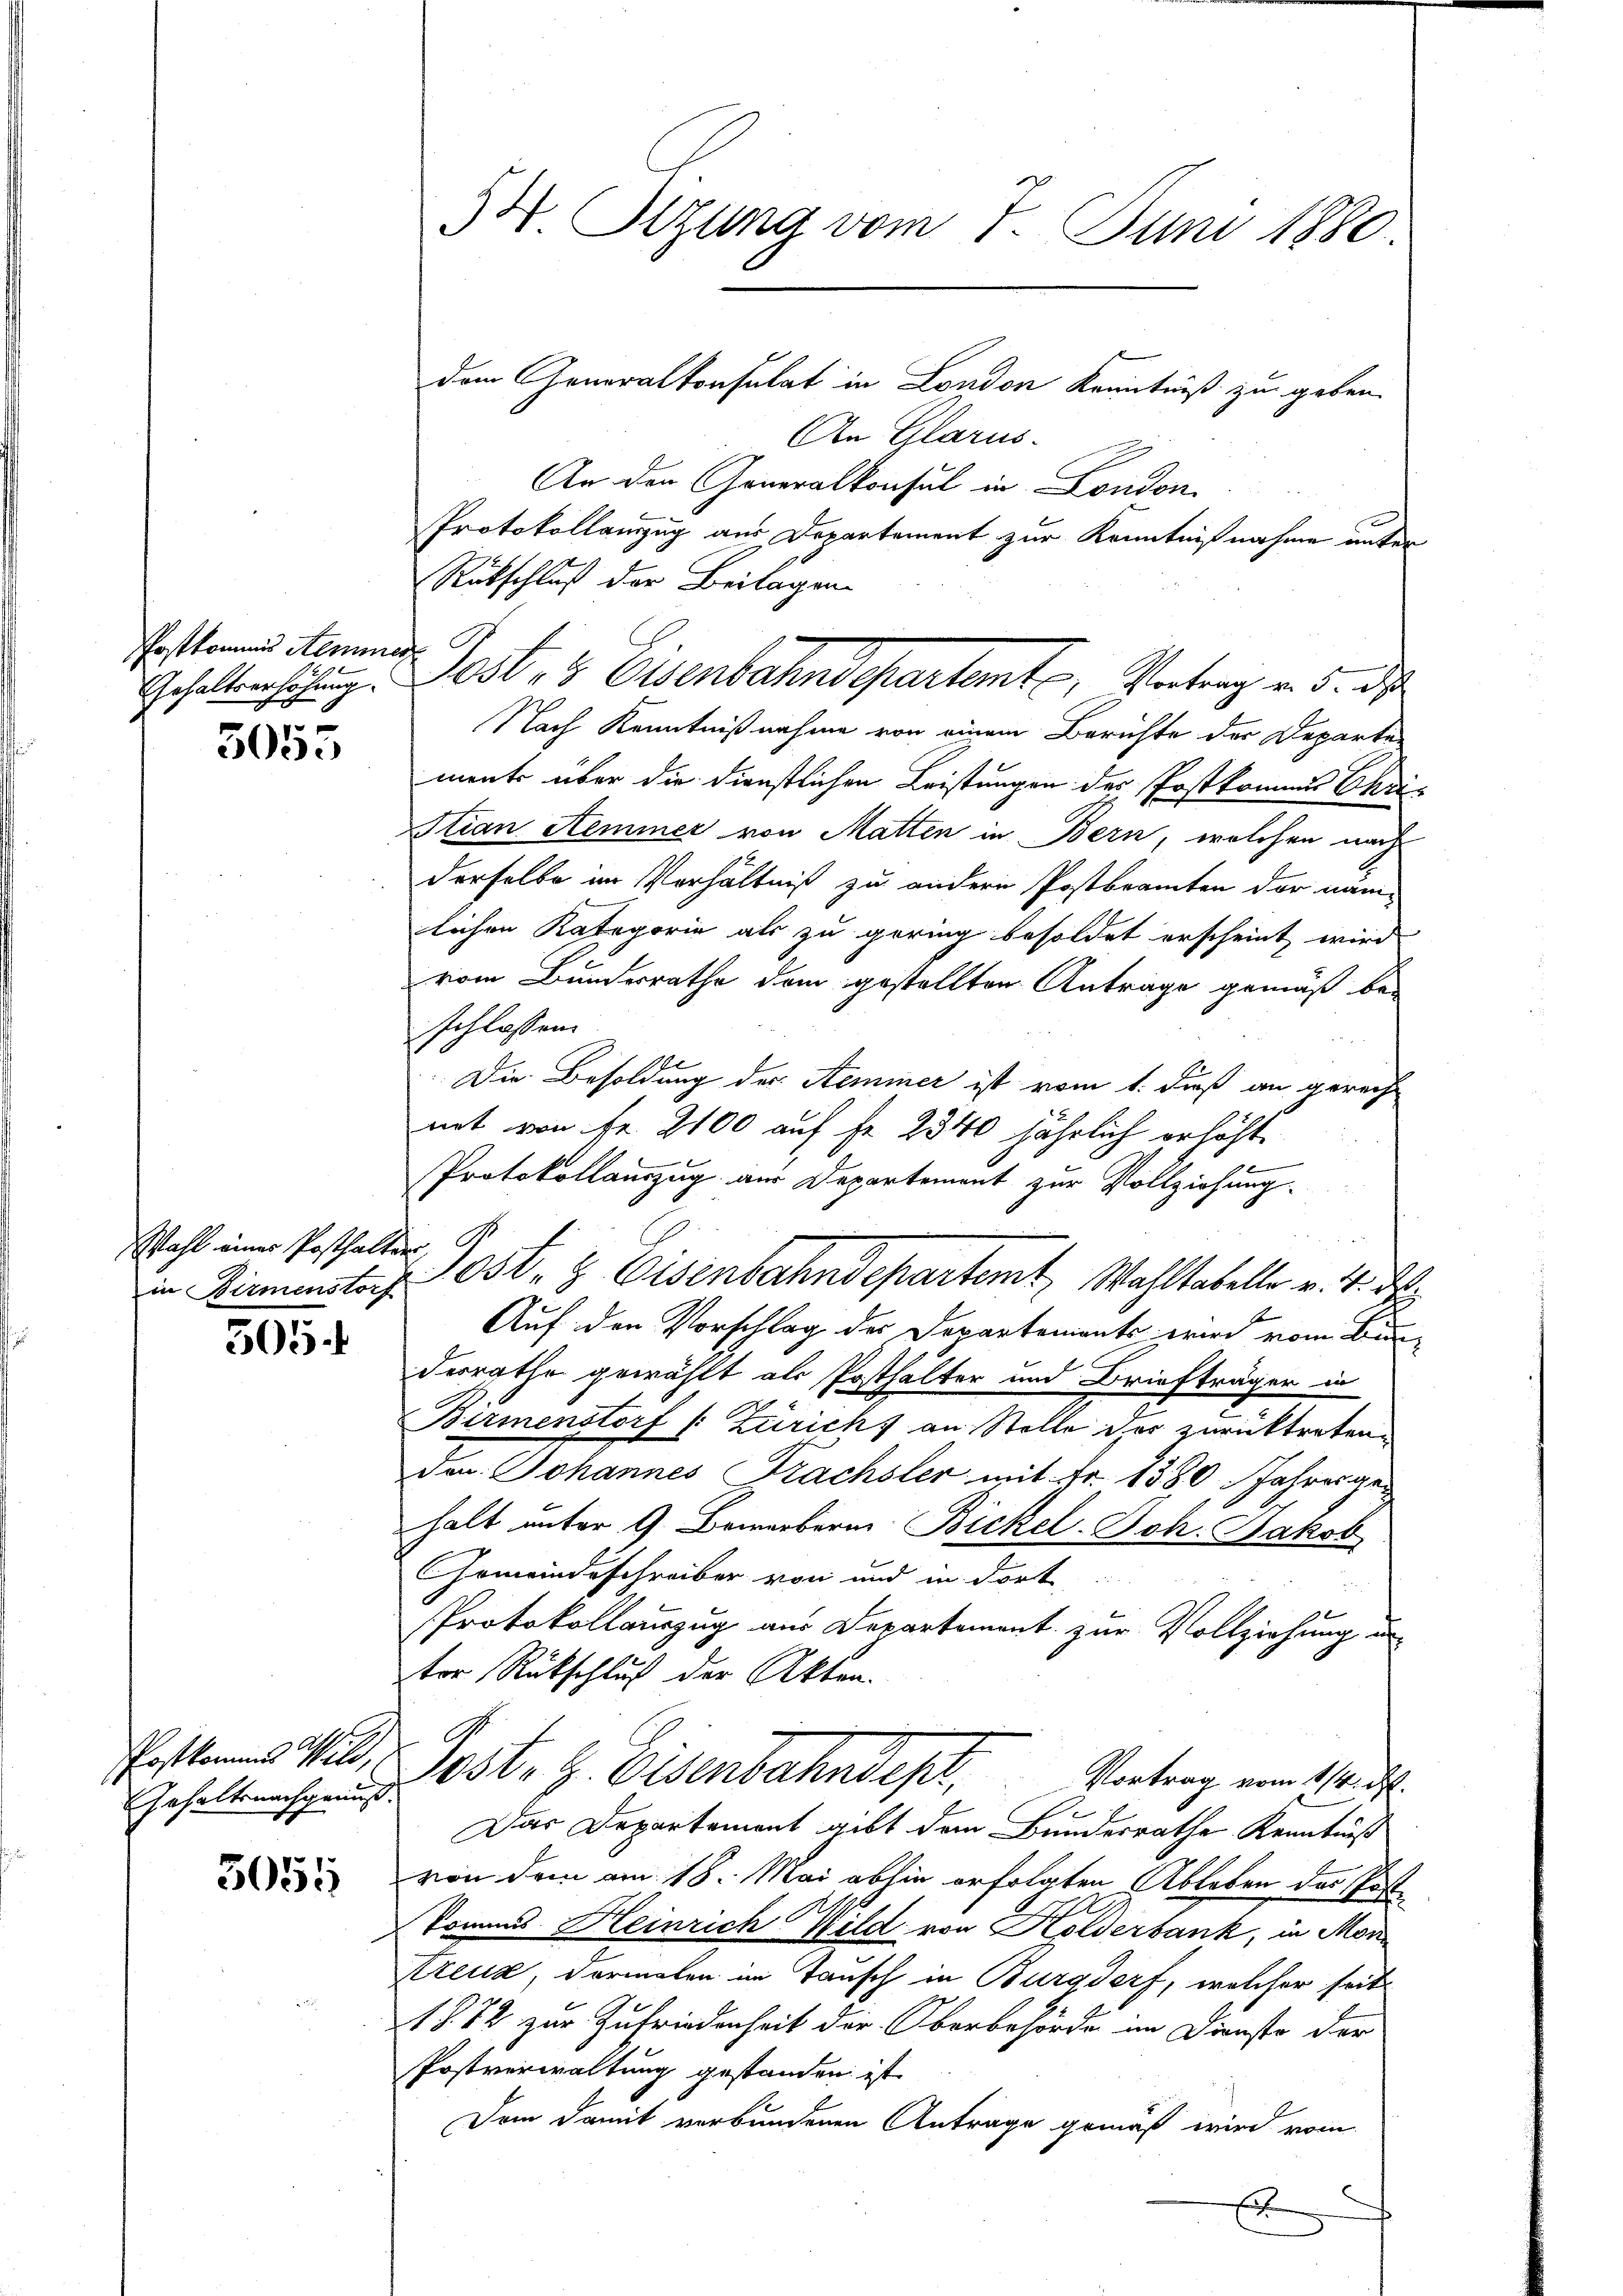
Postkommnis Aeminer
Gehaltserhöhung.

5055

Wahl einer Posthalter,

Postkommes Wild,
Gehaltsnachgenuss.

505.

3055

dem Generalkonsulat in London Kenntniß zu geben.
An Glarus.
An den Generalkonsul in London,
Protokollanzug aus Departement zur Kenntnißnahme unter
Rütschluß der Beilagen
Nach Kenntnißnahme von einem Berichte der Departen
ments über die dienstlichen Leistungen des Postkommen Chri¬
Stian Seminer von Matten in Bern, welchen nach
derselbe im Verhältniß zu andern Postbranten der nämlichen Kategorie als zu gering besoldet erscheint wird
vom Bundesrathe dem gestellten Antrage gemäß beschlossen.
Die Besoldung der Seminer ist vom 1. dieß an gerech
nit von Fr. 2100 auf fr. 2340 jährlich erhöht.
Protokollauszug aus Departement zur Vollziehung.
Auf den Vorschlag des Departements wird vom Bundesrathe gewählt als Posthalter und Briefträger in
Birmenstorf (: Zürichs an Stelle der zurücktreten.
den Johannes Frachsler mit Fr. 1380 Jahresge-
halt unter 9 Bewerbern Bickel-Joh. Jakob
Gemeindeschreiber von und in dort
Protokollauszug aus Departement zur Vollziehung un
tor Rückschluß der Akten.
Jost, z. Eisenbahndes,
Vortrag vom 1/4. ist.
Das Departement gibt dem Bundesrathe Kenntniß
von dem am 18. Mai abhin erfolgten Ableben des Postkommes Heinrich Wild von Holderbank, in Mor¬
Kreuz, dermalen im Tausch in Burgdorf, welcher seit
1872 zur Zufriedenheit der Oberbehörde im Dienste der
Postverwaltung gestanden ist.
Dem Damit verbundenen Antrage gemäß wird vom
r

54. Sizung vom 7. Juni 1880.

Pest, 4 Eisenbahndepartente, Antrag v. 5. d.

in Birmenstorf Ost- & Eisenbahndepartemt, Wahltabelle v. 4. d.